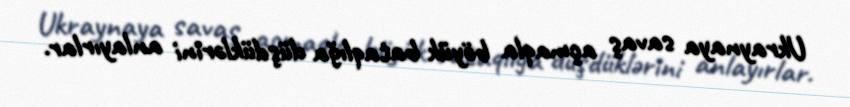
Ukraynaya savaş açmaqla böyük bataqlığa düşdüklərini anlayırlar.